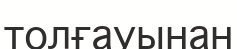
толғауынан